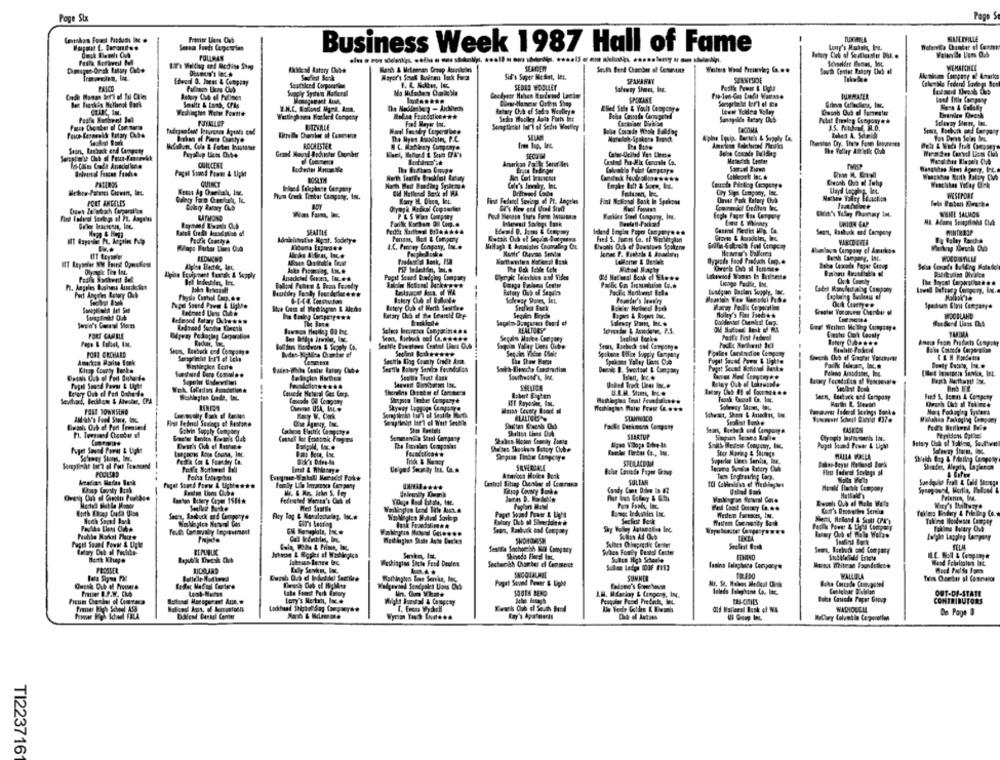
Pape
Page Six
TUNTARLA
SALIVILLE
Business Week 1987 Hall of Fame
PULLMAN
ficklead Batary Oube
Bath & Meinenen Groep Anscheins
South Center Batary Chub el
Edwol 0. Joens & Company
Seattleed Corporation
SPAMAWAY
SPENTSIDE
PALCO
Wophy Sydun Autoral
SEDRE WOOLLEY
SPOKANE
Keto & Galally
CELIC, IN.
Wartleghova Harferd Congeny
POIALLEP
Selin Woolley Auto Forts it
Sanayaide Betary Obs
BIZHALE
3.5. Pediral, M.D.
ROCHESTER
Ine lop, Inc.
Ston, Lesback end Company
Grand Mausl Aschistes Chonber
NC. Machinery Company#
Behe Conade Bulding
The Vollay Anielle Ch
CESens
SECUM
CUILCENE
Arserkan Podle Serer Ies
Castel Pit-Mix Conurale Ca.
GUINET
Cid Hellend Back of RA
Cry Siga Company, Inc.
WISTPONE
PORT ANGELES
Eary H. Dben, IFp.
Find Federal Sevlogs of Pt. Angeles
Fint National Bask In Spokose
WHME SALMON
Find Fedtrol Strings of PL. Angeles
Eagle Pager Ans Carpene
SEATTLE
Mall ugh & hvamiates Chomaling Ce.
Fred S. Jur os Co, of Worldnylon
VANCOUVER
Vapo Fartar Limes O.A
L.C. Pomay Company, Inc ..
Malaya Cangary ef Amurkos
WOCDISTILLE
Lichge Podle, Int.
Ratory Out of Segules
Cadet Manyled alag Coupany
Greater Vorovest Chamber of
DOBLAND
REALTORY
Salewty Shunt, BC.&
PORT CAMBLE
Segale Maree Company
Sep, Recheck and Company#
PORT ORCHARD
Seattle King Coatty tnde Amo.
Dennis D. Swoitoet & Company
Falang Amodioses, Inc.
Causede Natural Ges Corp.
Sherelins Detst ef Comme :
U.R.M. Stoms, IL #
Seen, Bestock est Company
Sexihard, Beuklon & Atvoler, CPA
Fied &, lomus & Company
FOIE TOWNSEND
Wayne County Boort Of
Schwart, 9us & Anachnt, Io
Allah's Food Stora, Inc.
Fint Fednel Senings of Rentone
Sealliot Bonke
Deal Oub el Port Irmund
Golvin Supply Company
Shan Reetelt
Sears, Belech ond Camporya
STARTUP
Puget Sound Power & Light
The Tinvolar Companies
Smith Medtus Canyony, INC.
Superles Unes Seriia, Ine
POULIAS
Engmen-Bakdl Weust Poke
Atariosa Manico Bock
SULTAN
Hesold Flaske Company
Sondadla Food & Cold Sonings
tanto Bollery Cape 1516*
Sulla Burke
West Seattle
Pun Foals, Inc.
Soand Pratr & Light
Heden Formats, In.
Secfast Back
Tilina Hoidwan Camper
Rasbuck and Company
Shy Boley Astaestive Inc.
Papde
Sultes Cileprestie Center
Shipeda Bieral Inc.
Subun Fomily Dostal Center
Sears, Butback and Company
Jakessas lance at.
Washington State Food Deeles
Sacherikh Carter e Commerce
Kely Sevin, IML
SUMMER
TOLEDO
WALLDLA
Owena Dub of Prousere
Paget Saved Power & Light
Priser I.P.W. Cko
SOUTH BEND
leledo Falephone Co. Inc.
OUT-OF-STATE
Lory's Netsh, Inc.&
Peagaler Perel Predache, IL.
CONTRIBUTORS
aid Maliseal Busk of NA
Lablend Darbel Center
Ray's Apartmaris
Chio of Antass
MyClary Colunale Copperellen
De Page 3
TI223716